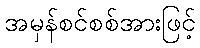
အမှန်စင်စစ်အားဖြင့်